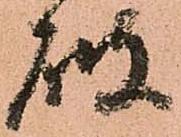
破